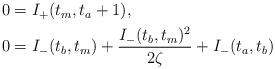
LaTeX: \begin{align*}\begin{aligned}0&=I_+(t_m,t_a+1), \\0&=I_-(t_b,t_m)+\frac{I_-(t_b,t_m)^2}{2\zeta}+I_-(t_a,t_b) \end{aligned}\end{align*}